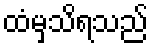
ထံမှသိရသည်